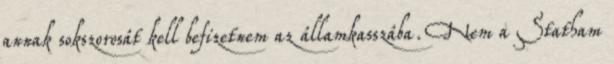
annak sokszorosát kell befizetnem az államkasszába. Nem a Statham